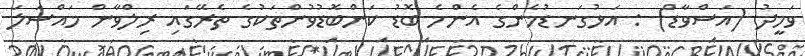
ވަހީދު (އަސްވާޑް) : އަޅުގަނޑުމެންގެ އެންމެ ބޮޑު ކަންބޮޑުވުންތަކުގެ ތެރޭގައި ރިލްވާން މައްސަލަ